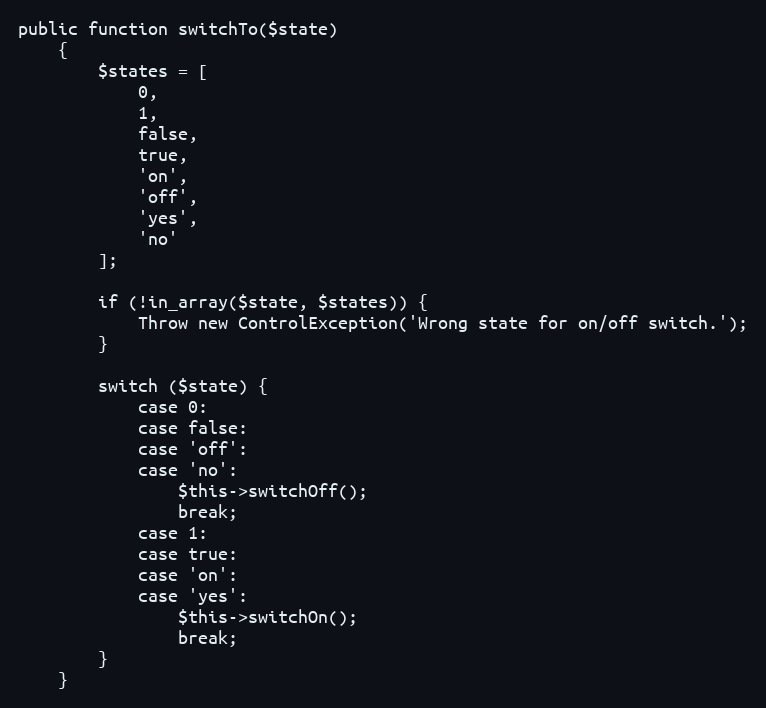
Language: PHP
public function switchTo($state)
    {
        $states = [
            0,
            1,
            false,
            true,
            'on',
            'off',
            'yes',
            'no'
        ];

        if (!in_array($state, $states)) {
            Throw new ControlException('Wrong state for on/off switch.');
        }

        switch ($state) {
            case 0:
            case false:
            case 'off':
            case 'no':
                $this->switchOff();
                break;
            case 1:
            case true:
            case 'on':
            case 'yes':
                $this->switchOn();
                break;
        }
    }